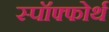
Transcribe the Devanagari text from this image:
स्पॉफ्फोर्थ